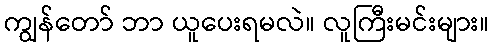
ကျွန်တော် ဘာ ယူပေးရမလဲ။ လူကြီးမင်းများ။